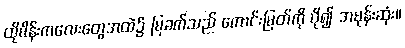
ထိုမိန်းကလေးတွေအထဲ၌ မြခက်သည် ကောင်းမြတ်ကို ပို၍ အမုန်းဆုံး။